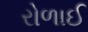
રોળાઈ